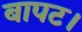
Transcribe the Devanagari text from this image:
बापट।